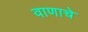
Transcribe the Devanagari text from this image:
वाणाचे